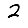
Digit: 2